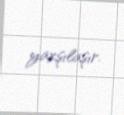
yaxşılaşır.